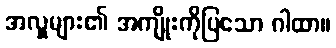
အလှူများ၏ အကျိုးကိုပြသော ဂါထာ။